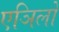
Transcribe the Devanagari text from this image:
एञिलो